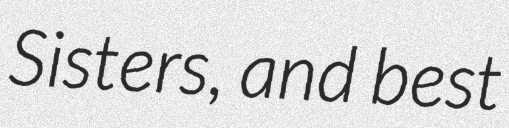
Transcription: Sisters, and best